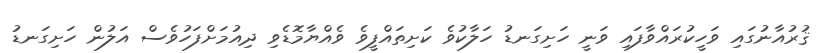
ޤުރުއާނުގައި ވަހީކުރައްވާފައި ވަނީ ހަށިގަނޑު ހަލާކުވެ ކަށިތައްފީވެ ވެއްޔާމޮޑެވި ދިއުމަށްފަހުވެސް އަލުން ހަށިގަނޑު